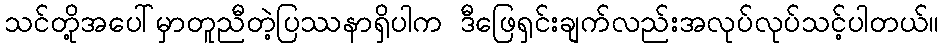
သင်တို့အပေါ်မှာတူညီတဲ့ပြဿနာရှိပါက ဒီဖြေရှင်းချက်လည်းအလုပ်လုပ်သင့်ပါတယ်။